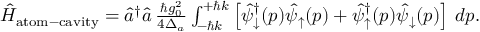
\begin{array} { r } { \hat { H } _ { \mathrm { a t o m - c a v i t y } } = \hat { a } ^ { \dagger } \hat { a } \, \frac { \hbar g _ { 0 } ^ { 2 } } { 4 \Delta _ { a } } \int _ { - \hbar k } ^ { + \hbar k } \left[ \hat { \psi } _ { \downarrow } ^ { \dagger } ( p ) \hat { \psi } _ { \uparrow } ( p ) + \hat { \psi } _ { \uparrow } ^ { \dagger } ( p ) \hat { \psi } _ { \downarrow } ( p ) \right] \, d p . } \end{array}